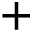
+